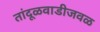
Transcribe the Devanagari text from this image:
तांदूळवाडीजवळ